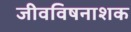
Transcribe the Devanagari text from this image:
जीवविषनाशक